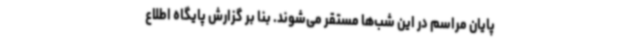
پایان مراسم در این شب‌ها مستقر می‌شوند. بنا بر گزارش پایگاه اطلاع